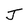
Character: J